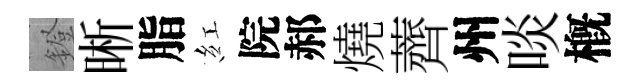
鐙晰脂紅院郝燒薺州啖槪